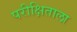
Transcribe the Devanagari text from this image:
परीक्षिताला